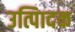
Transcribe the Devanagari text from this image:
उत्पािदक